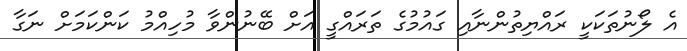
އެ ލޯނުތަކަކީ ރައްޔިތުންނާއި ގައުމުގެ ތަރައްގީ އަށް ބޭނުންވާ މުހިއްމު ކަންކަމަށް ނަގާ